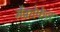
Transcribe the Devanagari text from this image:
मैक्रोफेज़